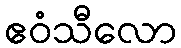
ဧဝံသီလော